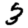
Digit: 3